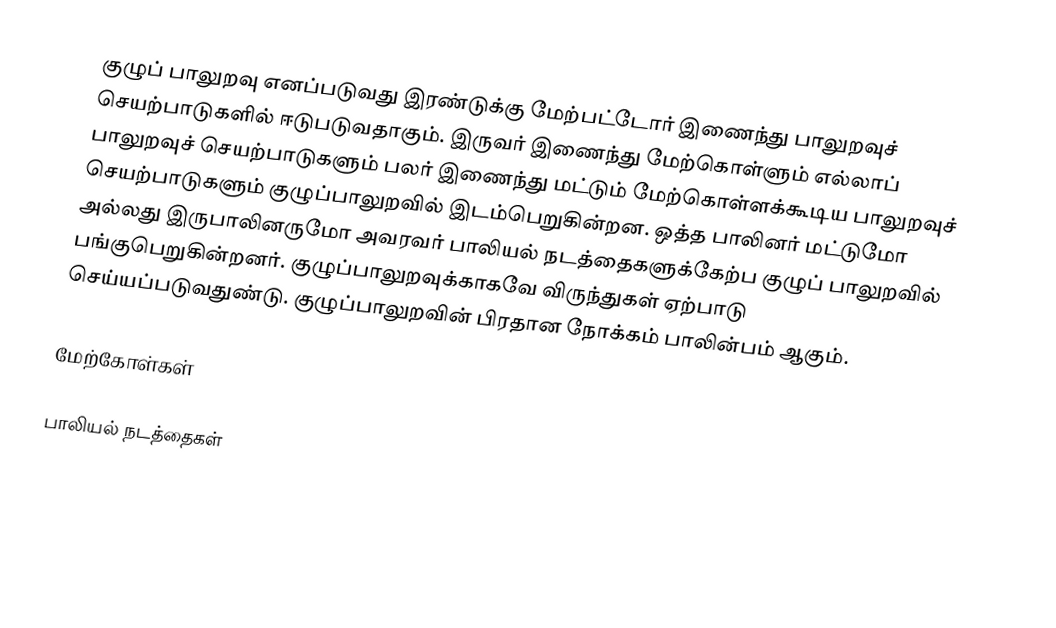
குழுப் பாலுறவு எனப்படுவது இரண்டுக்கு மேற்பட்டோர் இணைந்து பாலுறவுச் செயற்பாடுகளில் ஈடுபடுவதாகும். இருவர் இணைந்து மேற்கொள்ளும் எல்லாப் பாலுறவுச் செயற்பாடுகளும் பலர் இணைந்து மட்டும் மேற்கொள்ளக்கூடிய பாலுறவுச் செயற்பாடுகளும் குழுப்பாலுறவில் இடம்பெறுகின்றன. ஒத்த பாலினர் மட்டுமோ அல்லது இருபாலினருமோ அவரவர் பாலியல் நடத்தைகளுக்கேற்ப குழுப் பாலுறவில் பங்குபெறுகின்றனர். குழுப்பாலுறவுக்காகவே விருந்துகள் ஏற்பாடு செய்யப்படுவதுண்டு. குழுப்பாலுறவின் பிரதான நோக்கம் பாலின்பம் ஆகும்.

மேற்கோள்கள்

பாலியல் நடத்தைகள்